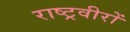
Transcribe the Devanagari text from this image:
राष्ट्रवीरों